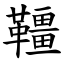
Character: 韁